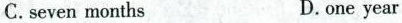
C.seven months D.one year